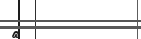
٣